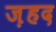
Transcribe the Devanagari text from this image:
ज़हद